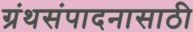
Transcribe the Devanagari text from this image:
ग्रंथसंपादनासाठी